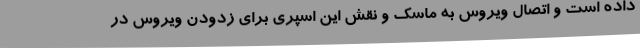
داده است و اتصال ویروس به ماسک و نقش این اسپری برای زدودن ویروس در